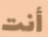
أنت